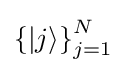
\left\{|j\rangle \right\}_{j=1}^{N}